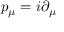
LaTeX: p _ { \mu } = i \partial _ { \mu }